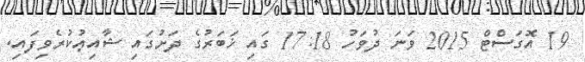
19 އޮގަސްޓް 2015 ވަނަ ދުވަހު 17:18 ގައި ޚަބަރުގެ ދަށުގައި ޝާއިޢުކުރެވިފައި.